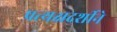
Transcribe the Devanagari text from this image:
प्रत्यक्षदर्शीने